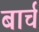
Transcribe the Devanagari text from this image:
बार्च